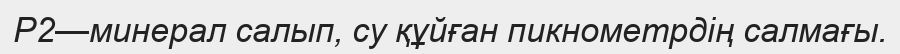
Р2—минерал салып, су құйған пикнометрдің салмағы.